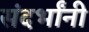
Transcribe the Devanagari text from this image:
संदर्भांनी